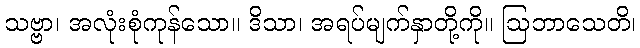
သဗ္ဗာ၊ အလုံးစုံကုန်သော။ ဒိသာ၊ အရပ်မျက်နှာတို့ကို။ ဩဘာသေတိ၊